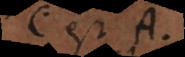
C est A.